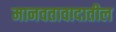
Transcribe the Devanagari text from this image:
मानवतावादातील